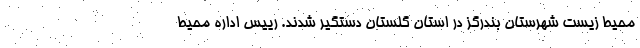
محیط زیست شهرستان بندرگز در استان گلستان دستگیر شدند. رییس اداره محیط